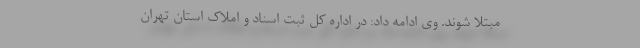
مبتلا شوند. وی ادامه داد: در اداره کل ثبت اسناد و املاک استان تهران